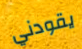
يقودني